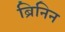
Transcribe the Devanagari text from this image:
ब्रिनिन